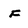
Character: F